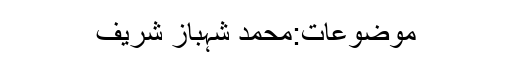
موضوعات:محمد شہباز شریف